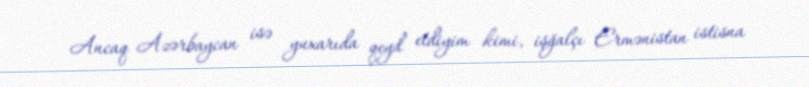
Ancaq Azərbaycan isə yuxarıda qeyd etdiyim kimi, işğalçı Ermənistan istisna